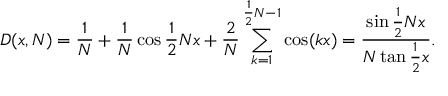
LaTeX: D ( x , N ) = { \frac { 1 } { N } } + { \frac { 1 } { N } } \cos { \frac { 1 } { 2 } } N x + { \frac { 2 } { N } } \sum _ { k = 1 } ^ { { \frac { 1 } { 2 } } N - 1 } \cos ( k x ) = { \frac { \sin { \frac { 1 } { 2 } } N x } { N \tan { \frac { 1 } { 2 } } x } } .